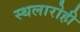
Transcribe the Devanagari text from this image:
स्थलारोही